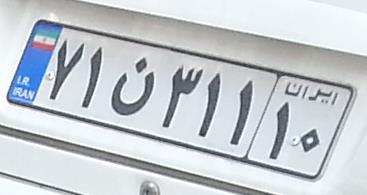
۷۱ن۳۱۱۱۰